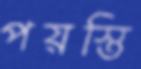
পয়স্তি